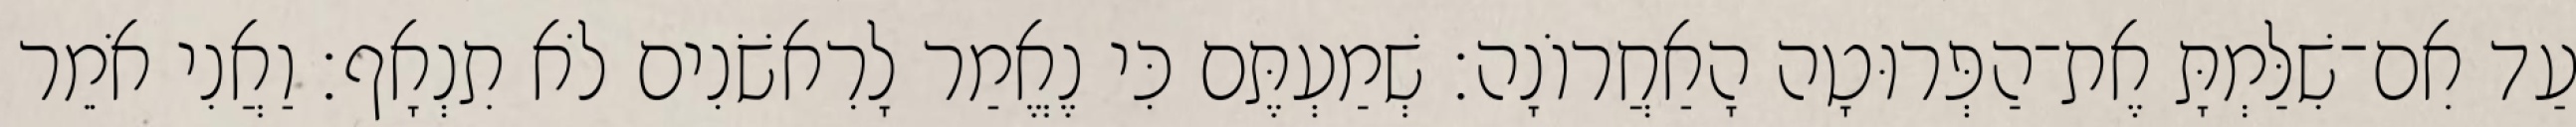
עַד אִם־שִׁלַּמְתָּ אֶת־הַפְּרוּטָה הָאַחֲרוֹנָה׃ שְׁמַעְתֶּם כִּי נֶאֱמַר לָרִאשֹׁנִים לֹא תִנְאָף׃ וַאֲנִי אֹמֵר